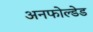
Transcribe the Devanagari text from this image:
अनफोल्डेड